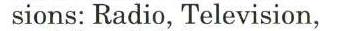
sions: Radio, Television,